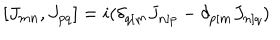
LaTeX: [ J _ { m n } , J _ { p q } ] = i ( \delta _ { q [ m } J _ { n ] p } - \delta _ { p [ m } J _ { n ] q } )